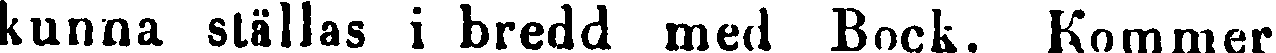
kunna ställas i bredd med Bock. Kommer